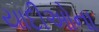
યાદીઓના